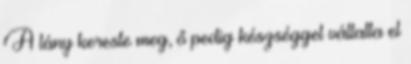
A lány kereste meg, ő pedig készséggel vállalta el